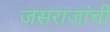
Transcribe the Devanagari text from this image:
जसराजांची